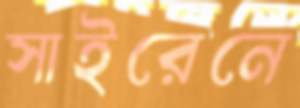
সাইরেনে